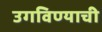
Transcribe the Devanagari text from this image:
उगविण्याची